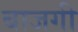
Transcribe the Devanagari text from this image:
बाजगी